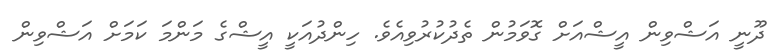
ދޫނީ އަޝްވިން އީޝްއަށް ގޮވަމުން ތެދުކުރުވިއެވެ. ހިންދުއަކީ އީޝްގެ މަންމަ ކަމަށް އަޝްވިން